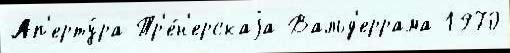
Ап'ерту́ра Тр'е́н'ерскаjа Вальд'еррама 1970